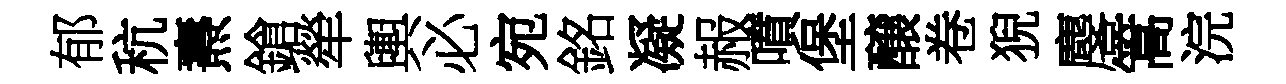
郁秔燾鎗犖輿必宛銘凝赧噴堡醸卷猊麐篙浣